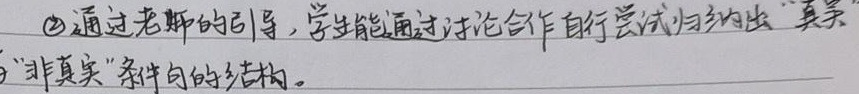
\textcircled{2}通过老师的引导，学生能通过讨论合作自行尝试归纳出“真实”与“非真实”条件句的结构。